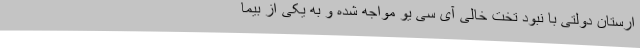
ارستان دولتی با نبود تخت خالی آی سی یو مواجه شده و به یکی از بیما